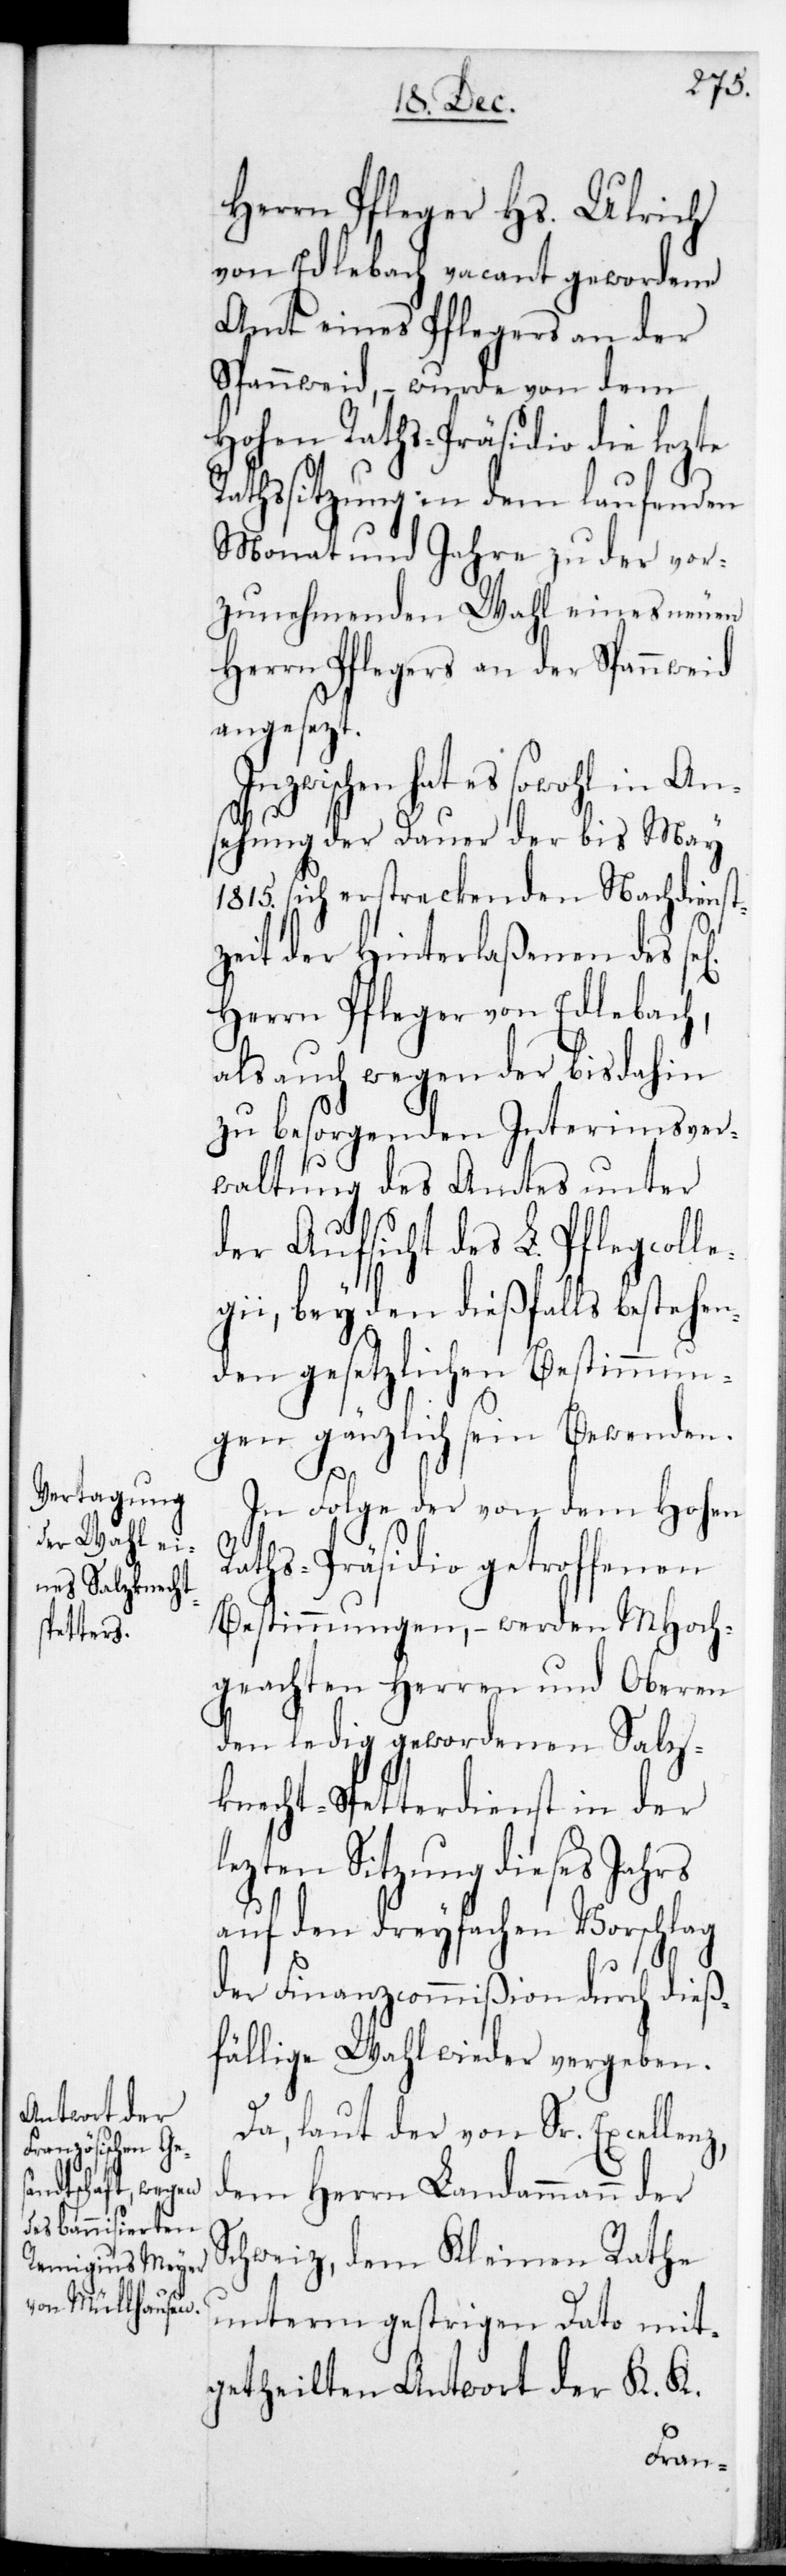
Herrn Pfleger Hs. Ulrich
von Edlebach vacant gewordene
Amt eines Pflegers an der
Spannweid, wurde von dem
Hohen Raths-Präsidio die lezte
Rathssitzung in dem laufenden
Monat und Jahre zu der vor¬
zunehmenden Wahl eines neuen
Herrn Pflegers an der Spannweid
angesetzt.
hat es sowohl in An¬
sehung der Dauer der bis May
1815. sich erstreckenden Nachdienst¬
zeit der Hinterlaßenen des
Herrn Pfleger von Edlebach,
als auch wegen der bis dahin
zu besorgenden Interimsver¬
waltung des Amtes unter
der Aufsicht des L. Pflegcolle¬
gii, bey den dießfalls bestehen¬
den gesetzlichen Bestimmun¬
gen gänzlich sein Bewenden.
In Folge der von dem Hohen
Rathspräsidio getroffenen
Bestimmungen, – werden MHoch¬
geachten Herren und Oberen
den ledig gewordenen Salz¬
knecht-Spetterdienst in der l¬
ezten Sitzung dieses Jahrs
auf den dreyfachen Vorschlag
der Finanzcommißion durch dieß¬
fällige Wahl wieder vergeben.
Da laut der von Sr. Excellenz
dem Herrn Landammann der
Schweiz dem Kleinen Rathe
unterm gestrigen Dato mit¬
getheilten Antwort der K. K.